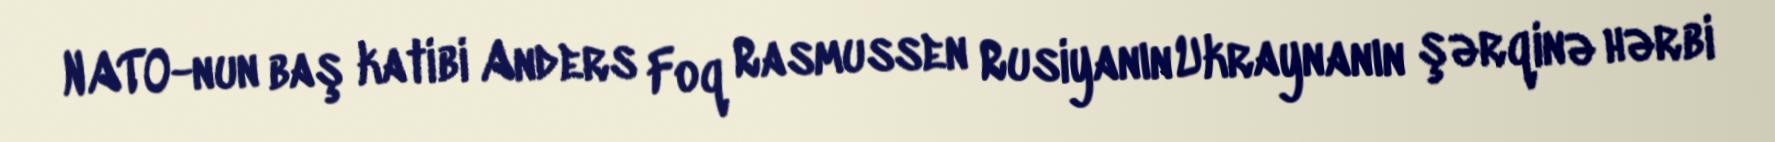
NATO-nun baş katibi Anders Foq Rasmussen Rusiyanın Ukraynanın şərqinə hərbi